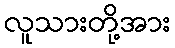
လူသားတို့အား